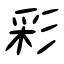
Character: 彩